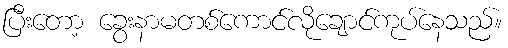
ပြီးတော့ ခွေးနာမတစ်ကောင်လိုချောင်ကုပ်နေသည်။